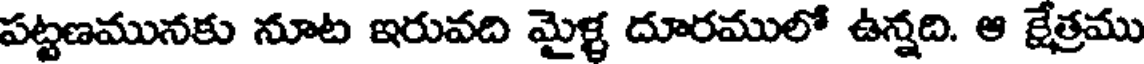
పట్టణమునకు నూట ఇరువది మైళ్ళ దూరములో ఉన్నది. ఆ క్షేత్రము